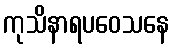
ကုသိနာရပဝေသနေ